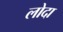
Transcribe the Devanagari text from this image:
लोदा